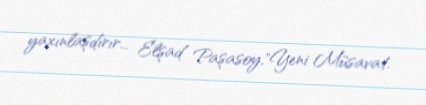
yaxınlaşdırır... Elşad Paşasoy,"Yeni Müsavat.